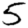
Digit: 5